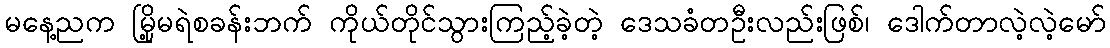
မနေ့ညက မြို့မရဲစခန်းဘက် ကိုယ်တိုင်သွားကြည့်ခဲ့တဲ့ ဒေသခံတဦးလည်းဖြစ်၊ ဒေါက်တာလဲ့လဲ့မော်